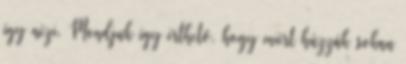
így nézi. Mondjuk így érthető, hogy miért húzzák sokan